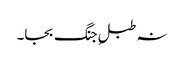
نہ طبلِ جنگ بجا۔